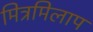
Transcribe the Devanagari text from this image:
मित्रमिलाप